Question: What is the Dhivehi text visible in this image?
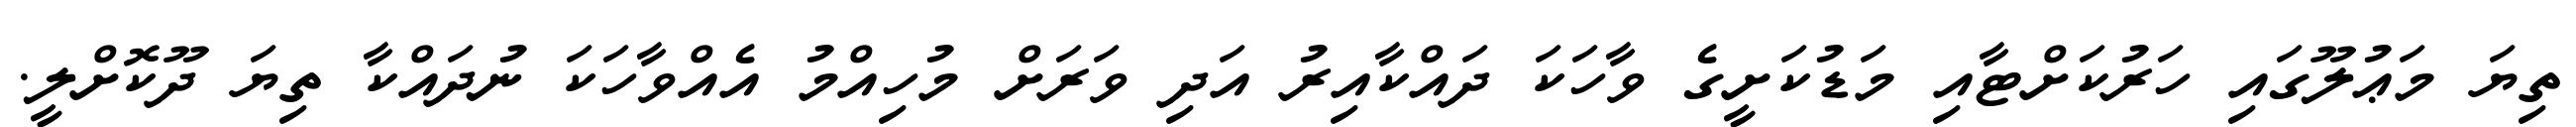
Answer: ތިޔަ މަޢުލޫގައި ހަރުކަށްޓާއި މަޑުކަށީގެ ވާހަކަ ދައްކާއިރު އަދި ވަރަށް މުހިއްމު އެއްވާހަކަ ނުދައްކާ ތިޔަ ދޫކޮށްލީ.